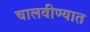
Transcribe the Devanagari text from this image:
चालवीण्यात